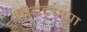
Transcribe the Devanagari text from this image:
चिवटपणा